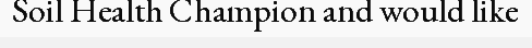
Soil Health Champion and would like